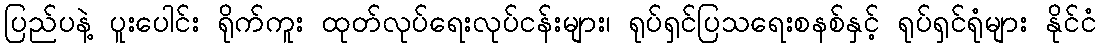
ပြည်ပနဲ့ ပူးပေါင်း ရိုက်ကူး ထုတ်လုပ်ရေးလုပ်ငန်းများ၊ ရုပ်ရှင်ပြသရေးစနစ်နှင့် ရုပ်ရှင်ရုံများ နိုင်ငံ